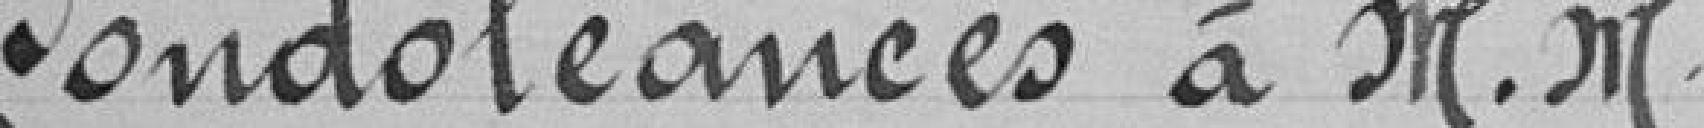
Condoléances à Messieurs Jeanneret et Scheurer